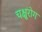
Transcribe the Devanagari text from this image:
चक्षुरोग